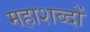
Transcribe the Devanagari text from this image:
महाशब्दों